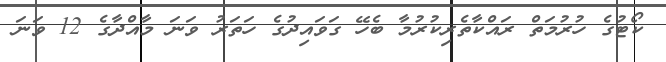
ކޯޓުގެ ހުރުމަތް ރައްކާތެރިކުރުމާ ބެހޭ ގަވައިދުގެ ހަތަރު ވަނަ މާއްދާގެ 12 ވަނަ